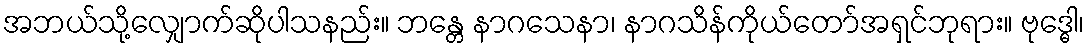
အဘယ်သို့လျှောက်ဆိုပါသနည်း။ ဘန္တေ နာဂသေနာ၊ နာဂသိန်ကိုယ်တော်အရှင်ဘုရား။ ဗုဒ္ဓေါ၊